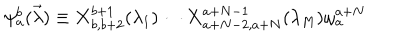
LaTeX: \psi _ { a } ^ { b } ( \vec { \lambda } ) \equiv { \bf X } _ { b , b + 2 } ^ { b + 1 } ( \lambda _ { 1 } ) \cdots { \bf X } _ { a + N - 2 , a + N } ^ { a + N - 1 } ( \lambda _ { M } ) \omega _ { a } ^ { a + N }